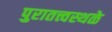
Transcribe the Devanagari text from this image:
पुरातत्त्वस्थळे